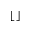
\lfloor \, \rfloor